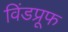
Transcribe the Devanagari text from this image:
विंडप्रूफ